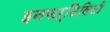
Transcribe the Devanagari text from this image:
इनफर्टिलिटी